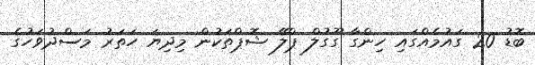
ބޮޑު 20 ގައުމެއްގައި ހިންގާ ގޫގުލް ޕްލޭ ޝޮޕްތަކުން މިދިޔަ ހަތަރު މަސްދުވަހުގެ